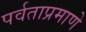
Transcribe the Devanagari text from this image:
पर्वताप्रमाणे